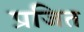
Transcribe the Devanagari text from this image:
प्रजित